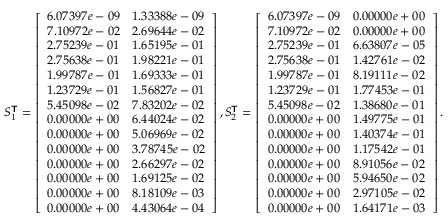
S _ { 1 } ^ { \boldsymbol { \mathsf { T } } } = \left[ \begin{array} { l l } { 6 . 0 7 3 9 7 e - 0 9 } & { 1 . 3 3 3 8 8 e - 0 9 } \\ { 7 . 1 0 9 7 2 e - 0 2 } & { 2 . 6 9 6 4 4 e - 0 2 } \\ { 2 . 7 5 2 3 9 e - 0 1 } & { 1 . 6 5 1 9 5 e - 0 1 } \\ { 2 . 7 5 6 3 8 e - 0 1 } & { 1 . 9 8 2 2 1 e - 0 1 } \\ { 1 . 9 9 7 8 7 e - 0 1 } & { 1 . 6 9 3 3 3 e - 0 1 } \\ { 1 . 2 3 7 2 9 e - 0 1 } & { 1 . 5 6 8 2 7 e - 0 1 } \\ { 5 . 4 5 0 9 8 e - 0 2 } & { 7 . 8 3 2 0 2 e - 0 2 } \\ { 0 . 0 0 0 0 0 e + 0 0 } & { 6 . 4 4 0 2 4 e - 0 2 } \\ { 0 . 0 0 0 0 0 e + 0 0 } & { 5 . 0 6 9 6 9 e - 0 2 } \\ { 0 . 0 0 0 0 0 e + 0 0 } & { 3 . 7 8 7 4 5 e - 0 2 } \\ { 0 . 0 0 0 0 0 e + 0 0 } & { 2 . 6 6 2 9 7 e - 0 2 } \\ { 0 . 0 0 0 0 0 e + 0 0 } & { 1 . 6 9 1 2 5 e - 0 2 } \\ { 0 . 0 0 0 0 0 e + 0 0 } & { 8 . 1 8 1 0 9 e - 0 3 } \\ { 0 . 0 0 0 0 0 e + 0 0 } & { 4 . 4 3 0 6 4 e - 0 4 } \end{array} \right] , S _ { 2 } ^ { \boldsymbol { \mathsf { T } } } = \left[ \begin{array} { l l } { 6 . 0 7 3 9 7 e - 0 9 } & { 0 . 0 0 0 0 0 e + 0 0 } \\ { 7 . 1 0 9 7 2 e - 0 2 } & { 0 . 0 0 0 0 0 e + 0 0 } \\ { 2 . 7 5 2 3 9 e - 0 1 } & { 6 . 6 3 8 0 7 e - 0 5 } \\ { 2 . 7 5 6 3 8 e - 0 1 } & { 1 . 4 2 7 6 1 e - 0 2 } \\ { 1 . 9 9 7 8 7 e - 0 1 } & { 8 . 1 9 1 1 1 e - 0 2 } \\ { 1 . 2 3 7 2 9 e - 0 1 } & { 1 . 7 7 4 5 3 e - 0 1 } \\ { 5 . 4 5 0 9 8 e - 0 2 } & { 1 . 3 8 6 8 0 e - 0 1 } \\ { 0 . 0 0 0 0 0 e + 0 0 } & { 1 . 4 9 7 7 5 e - 0 1 } \\ { 0 . 0 0 0 0 0 e + 0 0 } & { 1 . 4 0 3 7 4 e - 0 1 } \\ { 0 . 0 0 0 0 0 e + 0 0 } & { 1 . 1 7 5 4 2 e - 0 1 } \\ { 0 . 0 0 0 0 0 e + 0 0 } & { 8 . 9 1 0 5 6 e - 0 2 } \\ { 0 . 0 0 0 0 0 e + 0 0 } & { 5 . 9 4 6 5 0 e - 0 2 } \\ { 0 . 0 0 0 0 0 e + 0 0 } & { 2 . 9 7 1 0 5 e - 0 2 } \\ { 0 . 0 0 0 0 0 e + 0 0 } & { 1 . 6 4 1 7 1 e - 0 3 } \end{array} \right] .